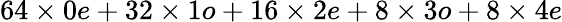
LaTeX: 64\times 0e+32\times 1o+16\times 2e+8\times 3o+8\times 4e